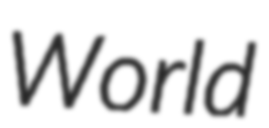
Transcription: World